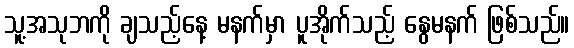
သူ့အသုဘကို ချသည့်နေ့ မနက်မှာ ပူအိုက်သည့် နွေမနက် ဖြစ်သည်။